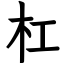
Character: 杠